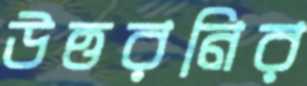
উত্তরনির